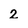
Character: 2